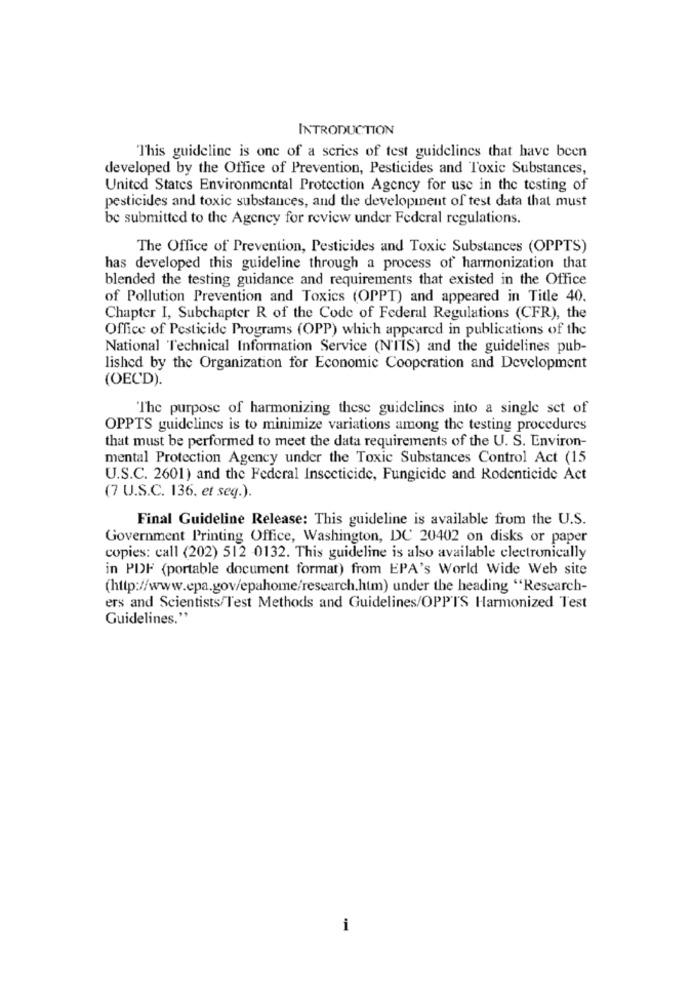
INTRODUCTION
This guideline is one of a series of test guidelines that have been
developed by the Office of Prevention, Pesticides and Toxic Substances,
United States Environmental Protection Agency for use in the testing of
pesticides and toxic substances, and the development of test data that must
be submitted to the Agency for review under Federal regulations.
The Office of Prevention, Pesticides and Toxic Substances (OPPTS)
has developed this guideline through a process of harmonization that
blended the testing guidance and requirements that existed in the Office
of Pollution Prevention and Toxics (OPPT) and appeared in Title 40.
Chapter I, Subchapter R of the Code of Federal Regulations (CFR), the
Office of Pesticide Programs (OPP) which appeared in publications of the
National Technical Information Service (N'TIS) and the guidelines pub-
lished by the Organization for Economic Cooperation and Development
(OECD).
"The purpose of harmonizing these guidelines into a single set of
OPPTS guidelines is to minimize variations among the testing procedures
that must be performed to meet the data requirements of the U. S. Environ-
mental Protection Agency under the Toxic Substances Control Act (15
U.S.C. 2601) and the Federal Insecticide, Fungicide and Rodenticide Act
(7 U.S.C. 136. et seq.).
Final Guideline Release: This guideline is available from the U.S.
Government Printing Office, Washington, DC 20402 on disks or paper
copies: call (202) 512 0132. This guideline is also available electronically
in PDF (portable document format) from EPA's World Wide Web site
(http://www.epa.gov/epahome/research.htm) under the heading "Research-
ers and Scientists/Test Methods and Guidelines/OPPTS Harmonized Test
Guidelines."
i